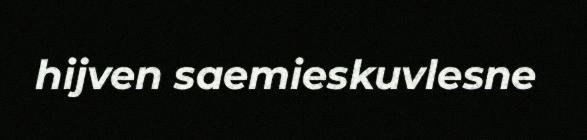
hijven saemieskuvlesne